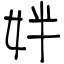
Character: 姅